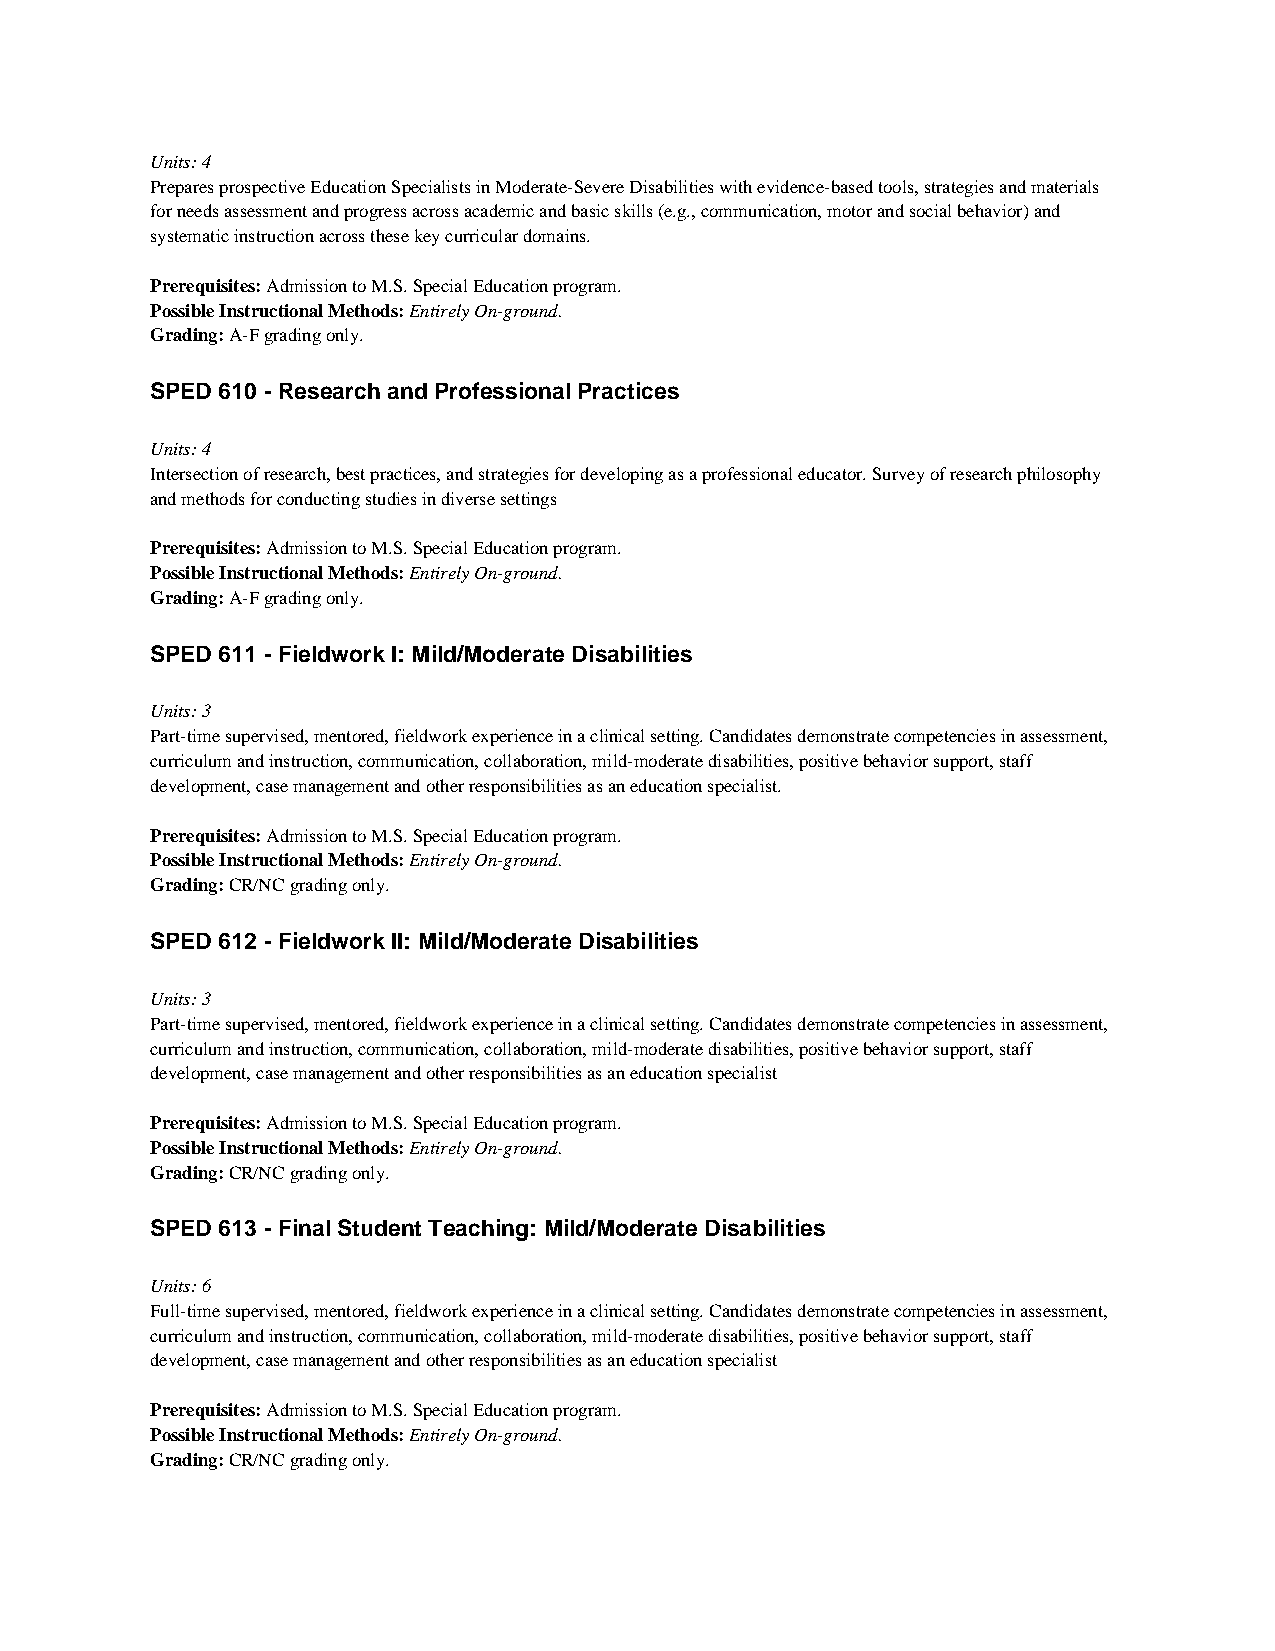
Units: 4
 Prepares prospective Education Specialists in Moderate-Severe Disabilities with evidence-based tools, strategies and materials
 for needs assessment and progress across academic and basic skills (e.g., communication, motor and social behavior) and
 systematic instruction across these key curricular domains.
 Prerequisites: Admission to M.S. Special Education program.
 Possible Instructional Methods: Entirely On-ground.
 Grading: A-F grading only.
 SPED 610 - Research and Professional Practices
 Units: 4
 Intersection of research, best practices, and strategies for developing as a professional educator. Survey of research philosophy
 and methods for conducting studies in diverse settings
 Prerequisites: Admission to M.S. Special Education program.
 Possible Instructional Methods: Entirely On-ground.
 Grading: A-F grading only.
 SPED 611 - Fieldwork I: Mild/Moderate Disabilities
 Units: 3
 Part-time supervised, mentored, fieldwork experience in a clinical setting. Candidates demonstrate competencies in assessment,
 curriculum and instruction, communication, collaboration, mild-moderate disabilities, positive behavior support, staff
 development, case management and other responsibilities as an education specialist.
 Prerequisites: Admission to M.S. Special Education program.
 Possible Instructional Methods: Entirely On-ground.
 Grading: CR/NC grading only.
 SPED 612 - Fieldwork II: Mild/Moderate Disabilities
 Units: 3
 Part-time supervised, mentored, fieldwork experience in a clinical setting. Candidates demonstrate competencies in assessment,
 curriculum and instruction, communication, collaboration, mild-moderate disabilities, positive behavior support, staff
 development, case management and other responsibilities as an education specialist
 Prerequisites: Admission to M.S. Special Education program.
 Possible Instructional Methods: Entirely On-ground.
 Grading: CR/NC grading only.
 SPED 613 - Final Student Teaching: Mild/Moderate Disabilities
 Units: 6
 Full-time supervised, mentored, fieldwork experience in a clinical setting. Candidates demonstrate competencies in assessment,
 curriculum and instruction, communication, collaboration, mild-moderate disabilities, positive behavior support, staff
 development, case management and other responsibilities as an education specialist
 Prerequisites: Admission to M.S. Special Education program.
 Possible Instructional Methods: Entirely On-ground.
 Grading: CR/NC grading only.